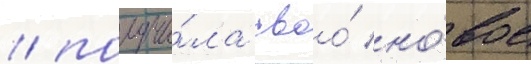
/ получи́ла своо́ но́вое